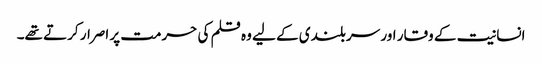
انسانیت کے وقار اور سربلندی کے لیے وہ قلم کی حرمت پر اصرار کرتے تھے۔